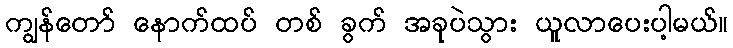
ကျွန်တော် နောက်ထပ် တစ် ခွက် အခုပဲသွား ယူလာပေးပါ့မယ်။